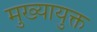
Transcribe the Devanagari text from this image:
मुख्यायुक्त